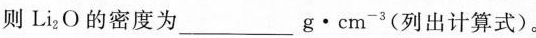
则Li_{2}О的密度为___g\cdot cm^{-3}(列出计算式)。